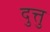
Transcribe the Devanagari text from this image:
दुत्तु